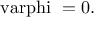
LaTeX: \mathrm { \boldmath ~ \Delta ~ } \mathrm { \boldmath ~ \ v a r p h i ~ } = 0 .